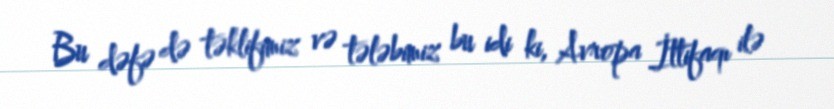
Bu dəfə də təklifimiz və tələbimiz bu idi ki, Avropa İttifaqı ilə